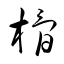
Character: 榾